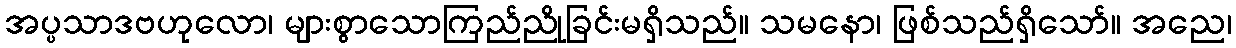
အပ္ပသာဒဗဟုလော၊ များစွာသောကြည်ညိုခြင်းမရှိသည်။ သမနော၊ ဖြစ်သည်ရှိသော်။ အညေ၊